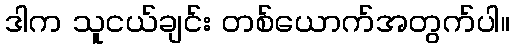
ဒါက သူငယ်ချင်း တစ်ယောက်အတွက်ပါ။